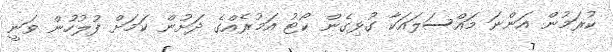
ކުރަމުން އަންނަ މައްސަލައަކާ ގުޅިގެން ކޯޓު އަމުރެއްގެ ދަށުން ކަމަށް ފުލުހުން ވަނީ